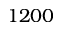
1 2 0 0